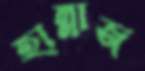
হাল্লাজ